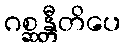
ဂစ္ဆန္တီတိပေ